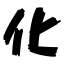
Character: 化